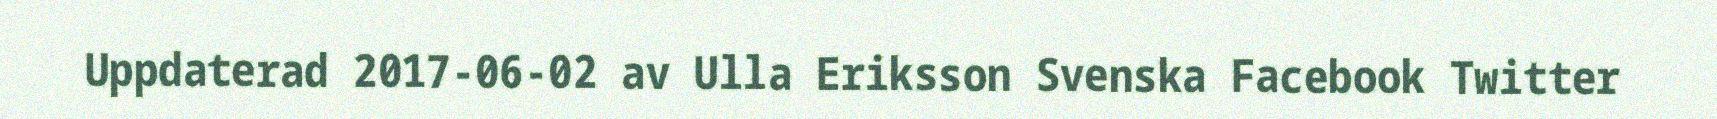
Uppdaterad 2017-06-02 av Ulla Eriksson Svenska Facebook Twitter